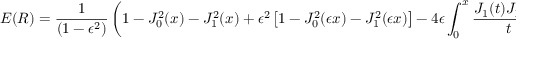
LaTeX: E ( R ) = { \frac { 1 } { ( 1 - \epsilon ^ { 2 } ) } } \left( 1 - J _ { 0 } ^ { 2 } ( x ) - J _ { 1 } ^ { 2 } ( x ) + \epsilon ^ { 2 } \left[ 1 - J _ { 0 } ^ { 2 } ( \epsilon x ) - J _ { 1 } ^ { 2 } ( \epsilon x ) \right] - 4 \epsilon \int _ { 0 } ^ { x } { \frac { J _ { 1 } ( t ) J _ { 1 } ( \epsilon t ) } { t } } \, d t \right)